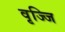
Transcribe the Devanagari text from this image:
वृज्जि